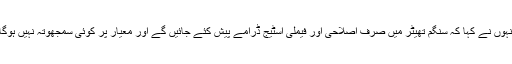
انہوں نے کہا کہ سنگم تھیٹر میں صرف اصلاحی اور فیملی اسٹیج ڈرامے پیش کئے جائیں گے اور معیار پر کوئی سمجھوتہ نہیں ہوگا۔